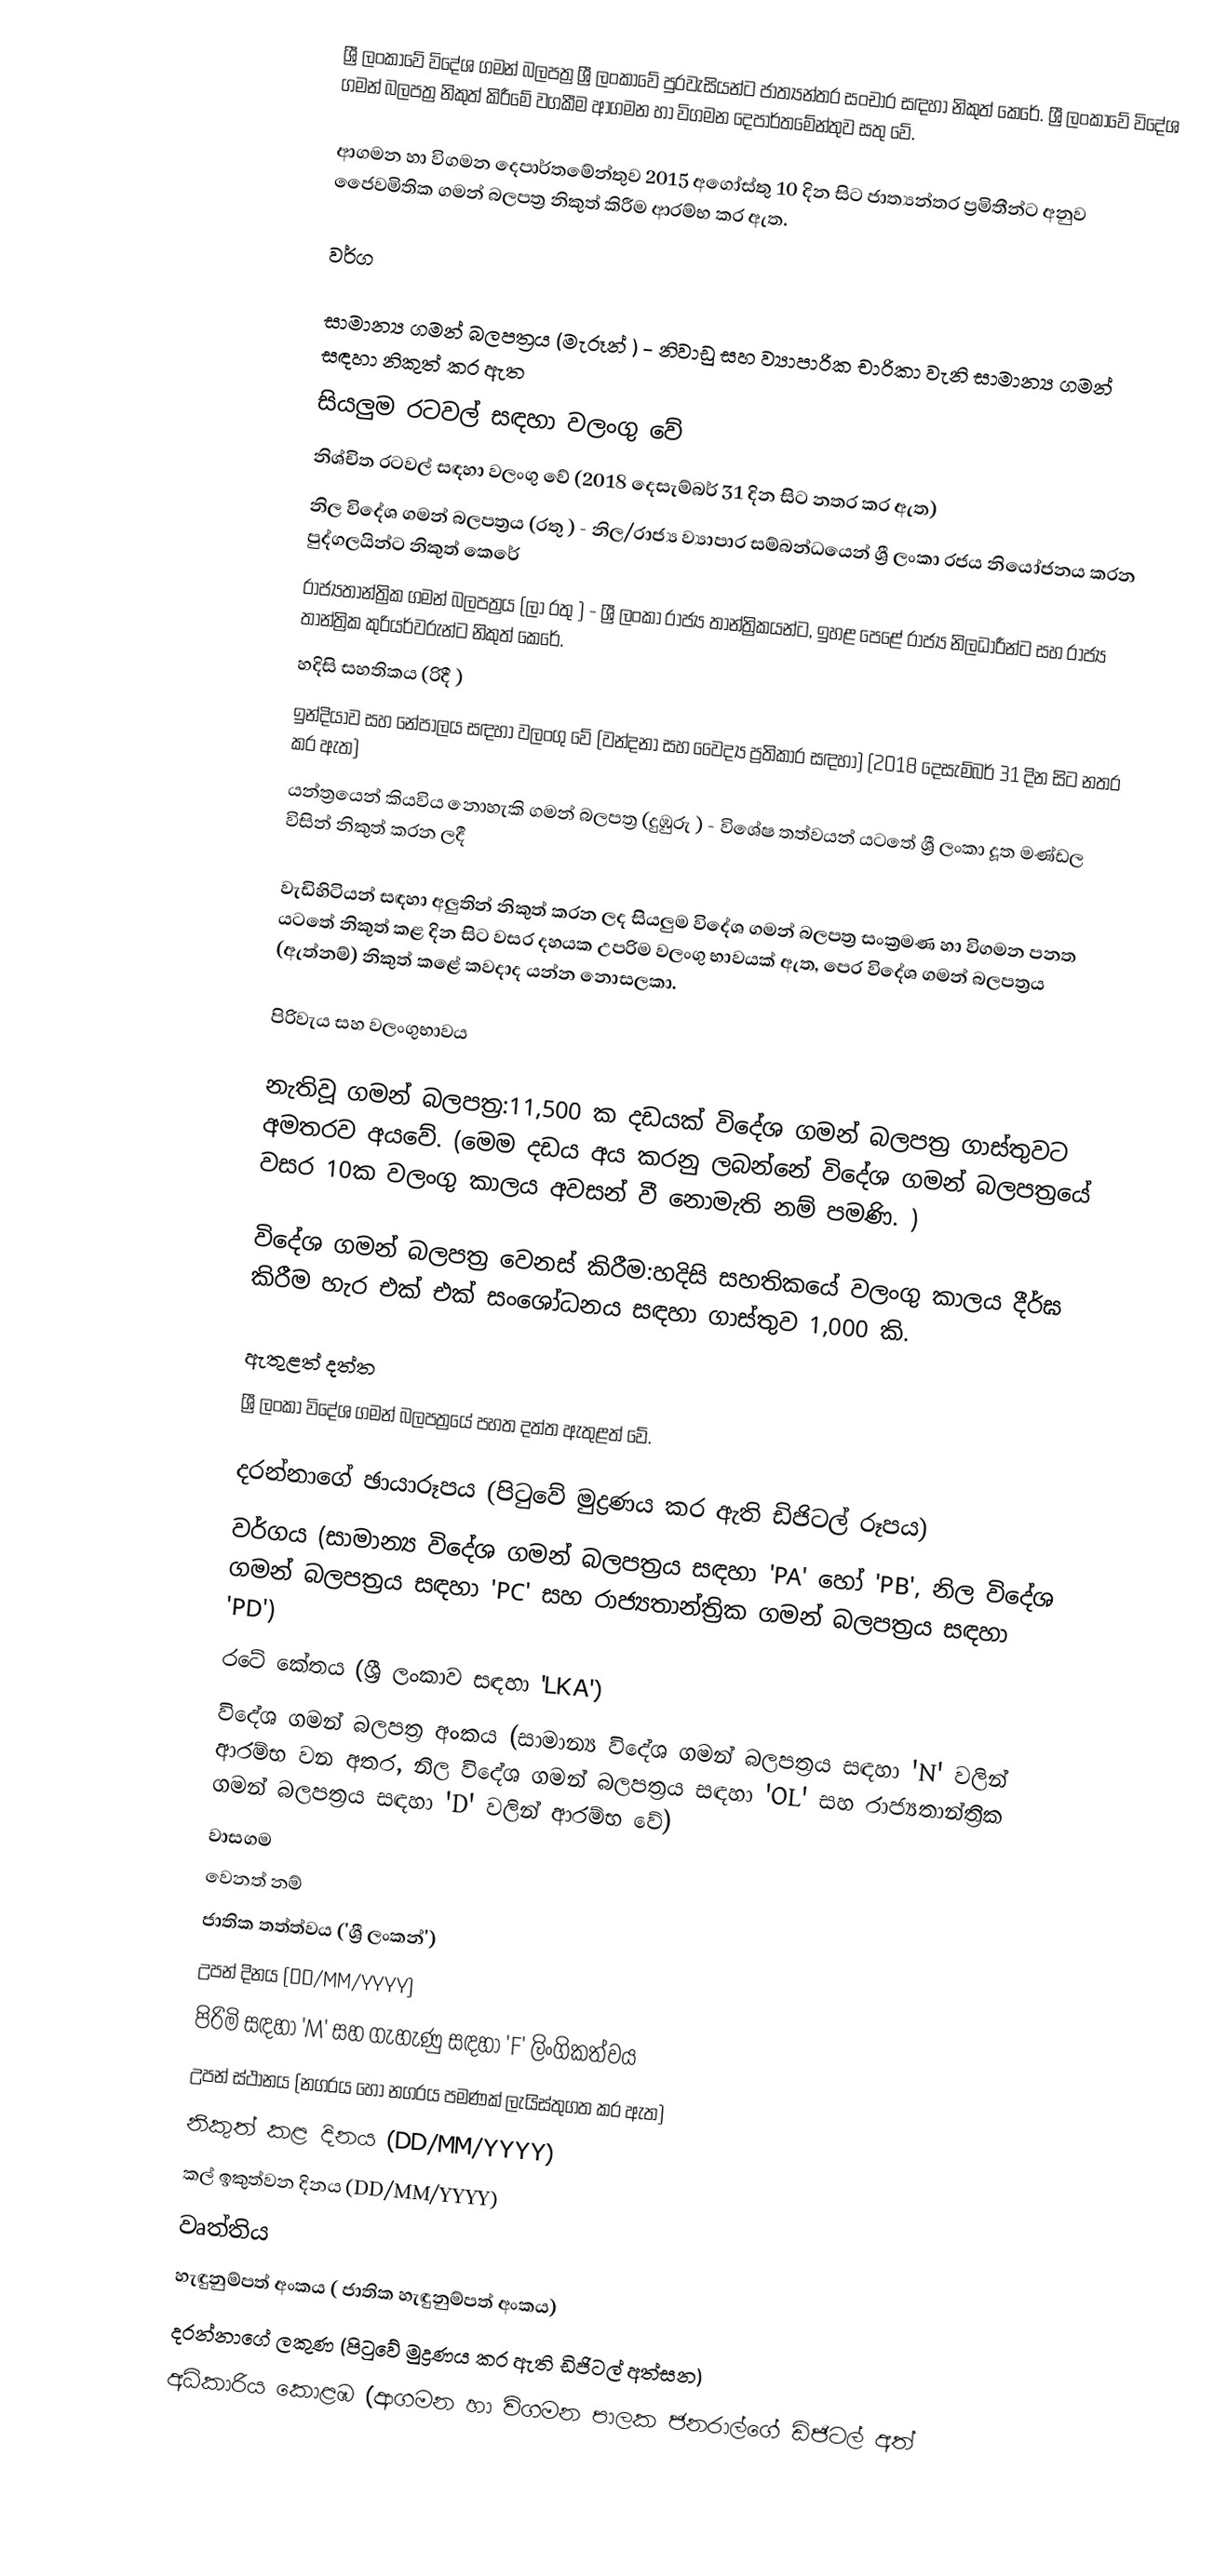
ශ්‍රී ලංකාවේ විදේශ ගමන් බලපත්‍ර ශ්‍රී ලංකාවේ පුරවැසියන්ට ජාත්‍යන්තර සංචාර සඳහා නිකුත් කෙරේ. ශ්‍රී ලංකාවේ විදේශ ගමන් බලපත්‍ර නිකුත් කිරීමේ වගකීම ආගමන හා විගමන දෙපාර්තමේන්තුව සතු වේ.

ආගමන හා විගමන දෙපාර්තමේන්තුව 2015 අගෝස්තු 10 දින සිට ජාත්‍යන්තර ප්‍රමිතීන්ට අනුව ජෛවමිතික ගමන් බලපත්‍ර නිකුත් කිරීම ආරම්භ කර ඇත.

වර්ග

 සාමාන්‍ය ගමන් බලපත්‍රය (මැරූන් ) - නිවාඩු සහ ව්‍යාපාරික චාරිකා වැනි සාමාන්‍ය ගමන් සඳහා නිකුත් කර ඇත
 සියලුම රටවල් සඳහා වලංගු වේ
 නිශ්චිත රටවල් සඳහා වලංගු වේ (2018 දෙසැම්බර් 31 දින සිට නතර කර ඇත)
 නිල විදේශ ගමන් බලපත්‍රය (රතු ) - නිල/රාජ්‍ය ව්‍යාපාර සම්බන්ධයෙන් ශ්‍රී ලංකා රජය නියෝජනය කරන පුද්ගලයින්ට නිකුත් කෙරේ
 රාජ්‍යතාන්ත්‍රික ගමන් බලපත්‍රය (ලා රතු ) - ශ්‍රී ලංකා රාජ්‍ය තාන්ත්‍රිකයන්ට, ඉහළ පෙළේ රාජ්‍ය නිලධාරීන්ට සහ රාජ්‍ය තාන්ත්‍රික කුරියර්වරුන්ට නිකුත් කෙරේ.
 හදිසි සහතිකය (රිදී )
 ඉන්දියාව සහ නේපාලය සඳහා වලංගු වේ (වන්දනා සහ වෛද්‍ය ප්‍රතිකාර සඳහා) (2018 දෙසැම්බර් 31 දින සිට නතර කර ඇත)
 යන්ත්‍රයෙන් කියවිය නොහැකි ගමන් බලපත්‍ර (දුඹුරු ) - විශේෂ තත්වයන් යටතේ ශ්‍රී ලංකා දූත මණ්ඩල විසින් නිකුත් කරන ලදී

වැඩිහිටියන් සඳහා අලුතින් නිකුත් කරන ලද සියලුම විදේශ ගමන් බලපත්‍ර සංක්‍රමණ හා විගමන පනත යටතේ නිකුත් කළ දින සිට වසර දහයක උපරිම වලංගු භාවයක් ඇත, පෙර විදේශ ගමන් බලපත්‍රය (ඇත්නම්) නිකුත් කළේ කවදාද යන්න නොසලකා.

පිරිවැය සහ වලංගුභාවය

නැතිවූ ගමන් බලපත්‍ර:11,500 ක දඩයක් විදේශ ගමන් බලපත්‍ර ගාස්තුවට අමතරව අයවේ. (මෙම දඩය අය කරනු ලබන්නේ විදේශ ගමන් බලපත්‍රයේ වසර 10ක වලංගු කාලය අවසන් වී නොමැති නම් පමණි. )

විදේශ ගමන් බලපත්‍ර වෙනස් කිරීම:හදිසි සහතිකයේ වලංගු කාලය දීර්ඝ කිරීම හැර එක් එක් සංශෝධනය සඳහා ගාස්තුව 1,000 කි.

ඇතුළත් දත්ත
ශ්‍රී ලංකා විදේශ ගමන් බලපත්‍රයේ පහත දත්ත ඇතුළත් වේ.

 දරන්නාගේ ඡායාරූපය (පිටුවේ මුද්‍රණය කර ඇති ඩිජිටල් රූපය)
 වර්ගය (සාමාන්‍ය විදේශ ගමන් බලපත්‍රය සඳහා 'PA' හෝ 'PB', නිල විදේශ ගමන් බලපත්‍රය සඳහා 'PC' සහ රාජ්‍යතාන්ත්‍රික ගමන් බලපත්‍රය සඳහා 'PD')
 රටේ කේතය (ශ්‍රී ලංකාව සඳහා 'LKA')
 විදේශ ගමන් බලපත්‍ර අංකය (සාමාන්‍ය විදේශ ගමන් බලපත්‍රය සඳහා 'N' වලින් ආරම්භ වන අතර, නිල විදේශ ගමන් බලපත්‍රය සඳහා 'OL' සහ රාජ්‍යතාන්ත්‍රික ගමන් බලපත්‍රය සඳහා 'D' වලින් ආරම්භ වේ)
 වාසගම
 වෙනත් නම්
 ජාතික තත්ත්වය ('ශ්‍රී ලංකන්')
 උපන් දිනය (DD/MM/YYYY)
 පිරිමි සඳහා 'M' සහ ගැහැණු සඳහා 'F' ලිංගිකත්වය
 උපන් ස්ථානය (නගරය හෝ නගරය පමණක් ලැයිස්තුගත කර ඇත)
 නිකුත් කළ දිනය (DD/MM/YYYY)
 කල් ඉකුත්වන දිනය (DD/MM/YYYY)
 වෘත්තිය
 හැඳුනුම්පත් අංකය ( ජාතික හැඳුනුම්පත් අංකය)
 දරන්නාගේ ලකුණ (පිටුවේ මුද්‍රණය කර ඇති ඩිජිටල් අත්සන)
 අධිකාරිය කොළඹ (ආගමන හා විගමන පාලක ජනරාල්ගේ ඩිජිටල් අත්